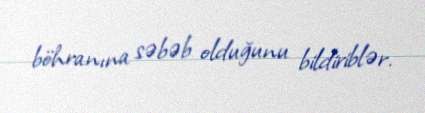
böhranına səbəb olduğunu bildiriblər.